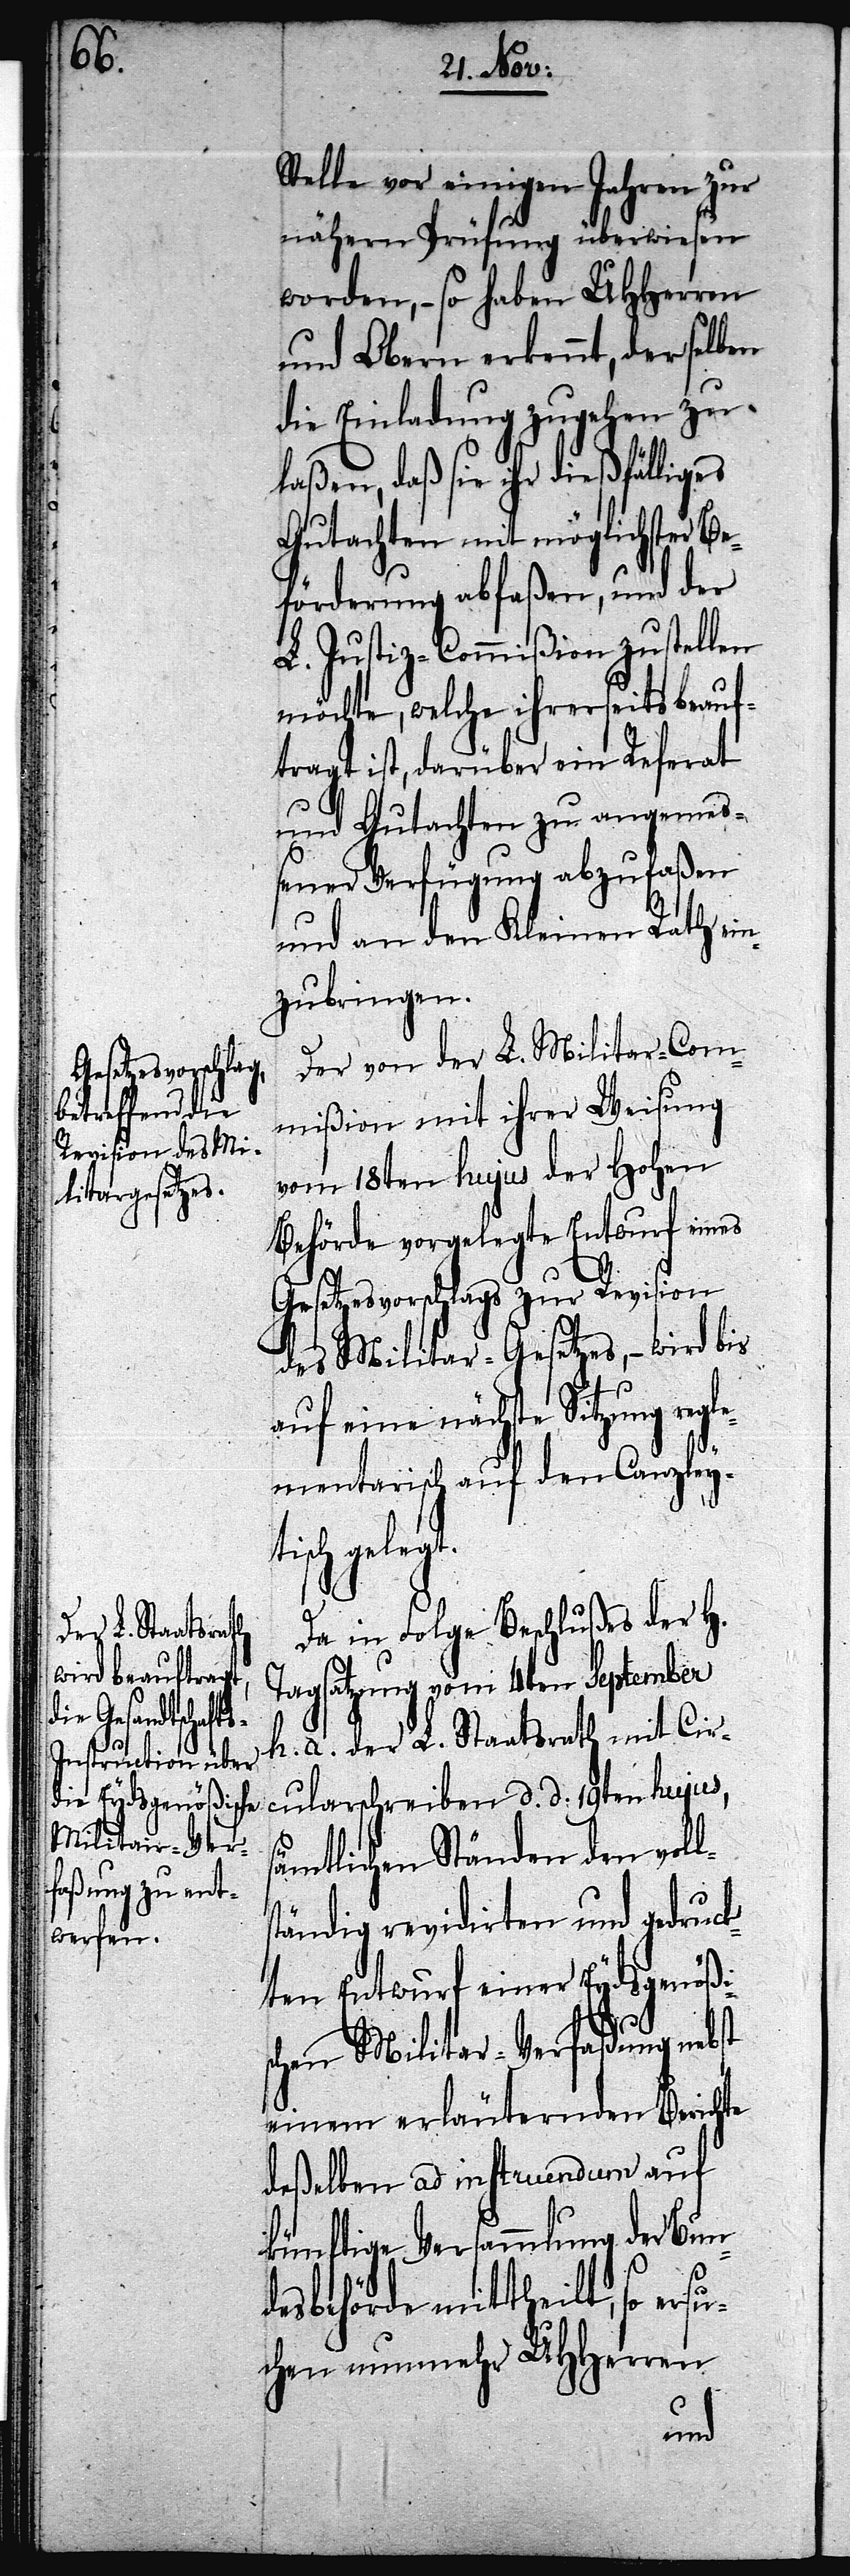
Stelle vor einigen Jahren zur
nähern Prüfung überwiesen
worden, – so haben UHHerren
und Obern erkennt, derselben
die Einladung zugehen zu
laßen, daß sie ihr dießfälliges
Gutachten mit möglichster Be¬
förderung abfaßen, und der
L. Justiz-Commißion zustellen
möchte, welche ihrerseits beauf¬
tragt ist, darüber ein Referat
und Gutachten zu angemeß¬
ener Verfügung abzufaßen
und an den Kleinen Rath ein¬
zubringen.
Der von der L. Militar-Com¬
mißion mit ihrer Weisung
vom 18ten hujus der Hohen
Behörde vorgelegte Entwurf eines
Gesetzesvorschlags zur Revision
des Militar-Gesetzes, – wird bis
auf eine nächste Sitzung reg¬
lementarisch auf den Canzley¬
tisch gelegt.
Da in Folge Beschlußes der H.
Tagsatzung vom 4ten September
h. a. der L. Staatsrath mit Cir¬
cularschreiben d. d. 19ten hujus,
sämtlichen Ständen den voll¬
ständig revidirten und gedruck¬
ten Entwurf einer Eydsgenößi¬
schen Militar-Verfaßung nebst
deßelben ad instruendum auf
künftige Versammlung der Bun¬
desbehörde mittheilt, so ers¬
uchen nunmehr UHHerren